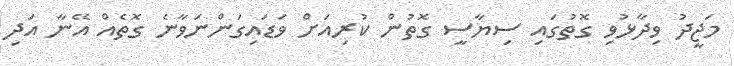
މަޖީދު ވިދާޅުވި ގޮތުގައި ސިޔާސީ ގޮތުން ކުރިއަށް ވަޑައިގަންނަވާނެ ގޮތެއް އޭނާ އަދި